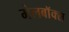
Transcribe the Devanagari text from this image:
मेलबाॅक्स